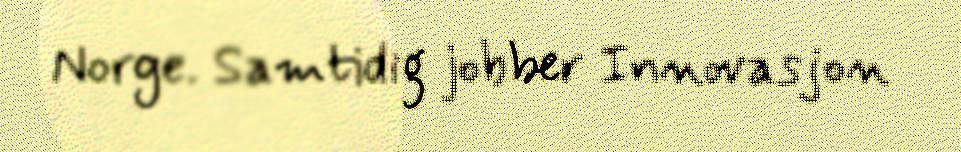
Norge. Samtidig jobber Innovasjon